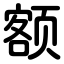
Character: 额